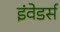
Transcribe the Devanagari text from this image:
इंवेडर्स